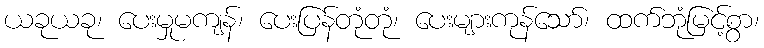
ယခုယခု၊ ပေးမှုမကျန်၊ ပေးပြန်တုံတုံ၊ ပေးများကုန်သော်၊ ထက်ဘုံမြင့်စွာ၊